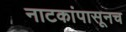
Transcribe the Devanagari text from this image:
नाटकांपासूनच